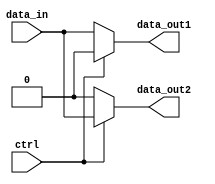
module demux1to2 (
    input wire data_in,
    input wire ctrl,
    output reg data_out1,
    output reg data_out2
);

always @ (ctrl)
begin
    if (ctrl == 1'b0)
        begin
            data_out1 = data_in;
            data_out2 = 1'b0;
        end
    else
        begin
            data_out1 = 1'b0;
            data_out2 = data_in;
        end
end

endmodule